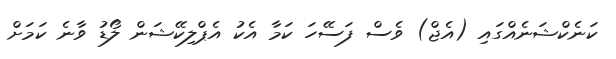
ކަނެކްޝަނެއްގައި (އެޖް) ވެސް ފަސޭހަ ކަމާ އެކު އެޕްލިކޭޝަން ލޯޑު ވާނެ ކަމަށް